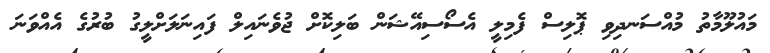
މައުލޫމާތު މުއްސަނދިވި ޕޮލިސް ފެމިލީ އެސޯސިއޭޝަން ބަލިކޮށް ޖުވެނައިލް ފައިނަލަށްލީގު ބުރުގެ އެއްވަނަ